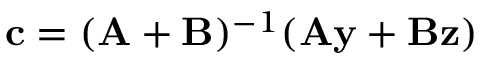
\mathbf { c } = ( \mathbf { A } + \mathbf { B } ) ^ { - 1 } ( \mathbf { A } \mathbf { y } + \mathbf { B } \mathbf { z } )